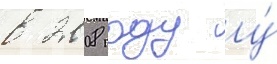
в 2008 году у́